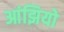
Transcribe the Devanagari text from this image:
आंझियो